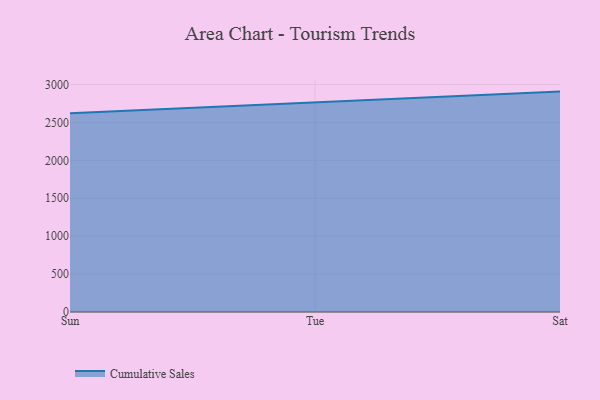
{"axis": {"x": "Day", "y": "Energy Usage (MWh)"}, "legend": ["Cumulative Sales"], "data": [{"x": "Sun", "y": 2622.6, "type": "Cumulative Sales"}, {"x": "Tue", "y": 2765.4, "type": "Cumulative Sales"}, {"x": "Sat", "y": 2906.8, "type": "Cumulative Sales"}]}